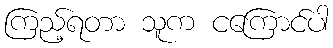
ကြည့်ရတာ သူက ငကြောင်ပါ